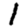
Digit: 1